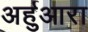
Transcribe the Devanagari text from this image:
अर्हुआरा